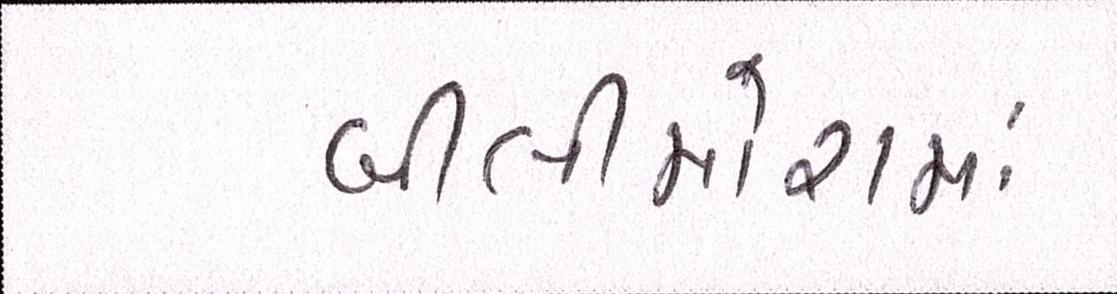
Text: બીલીમોરામાં